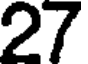
27